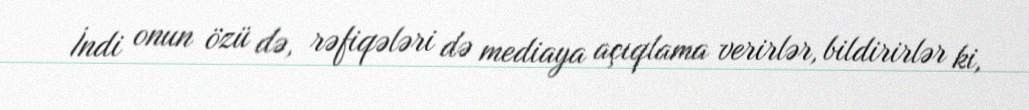
İndi onun özü də, rəfiqələri də mediaya açıqlama verirlər, bildirirlər ki,